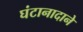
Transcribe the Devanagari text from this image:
घंटानादाने